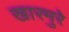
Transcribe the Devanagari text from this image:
खारमुरे